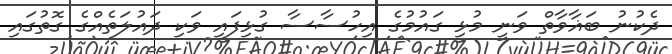
ދެކުނު ބަޣާވާތް ވަނީ މުޅި ގައުމުގެ އިހުސާސާ ގުޅިފައި ވަކި ދައުލަތެއްގެ ގޮތުގައި